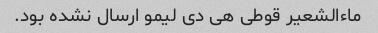
ماءالشعیر قوطی هی دی لیمو ارسال نشده بود.